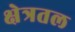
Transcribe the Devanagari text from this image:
क्षेत्रतल